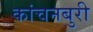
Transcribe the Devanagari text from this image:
कांचनबुरी